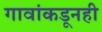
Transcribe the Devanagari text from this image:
गावांकडूनही